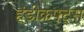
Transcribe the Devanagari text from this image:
हंडीक्रफ्ट्स